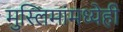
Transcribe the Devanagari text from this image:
मुस्लिमांमध्येही